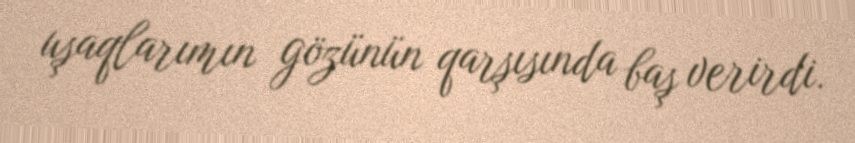
uşaqlarımın gözünün qarşısında baş verirdi.